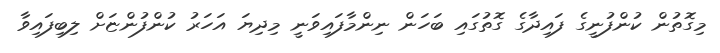
މިގޮތުން ކުންފުނީގެ ފައިދާގެ ގޮތުގައި ބަހަން ނިންމާފައިވަނީ މިދިޔަ އަހަރު ކުންފުންޏަށް ލިބިފައިވާ